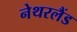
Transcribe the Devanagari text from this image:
नेथरलैंड